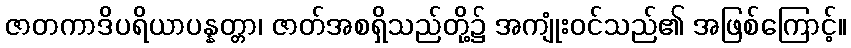
ဇာတကာဒိပရိယာပန္နတ္တာ၊ ဇာတ်အစရှိသည်တို့၌ အကျုံးဝင်သည်၏ အဖြစ်ကြောင့်။